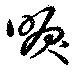
唳